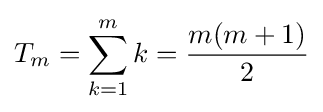
T_{m}=\sum _{k=1}^{m}k={\frac {m(m+1)}{2}}